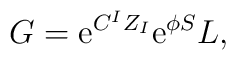
G=\mathrm{e}^{C^IZ_I}\mathrm{e}^{\phi S}{L},